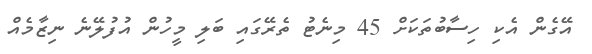
އޭގެން އެކި ހިސާބުތަކަށް 45 މިނެޓު ތެރޭގައި ބަލި މީހުން އުފުލޭނެ ނިޒާމެއް